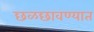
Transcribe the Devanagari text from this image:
छळछावण्यात